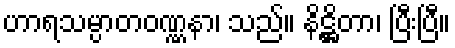
ဟာရသမ္ပာတဝဏ္ဏနာ၊ သည်။ နိဋ္ဌိတာ၊ ပြီးပြီ။